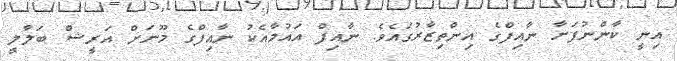
އިނީ ކާންނުފަށާ ނާއިފްގެ އިންތިޒާރުގައެވެ. ނާއިފް އައުމާއެކު ނާއިފްގެ މޫނަށް އަރީޝް ބަލާލީ